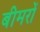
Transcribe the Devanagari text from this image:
बीमरों